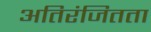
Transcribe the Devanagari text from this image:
अतिरंजितता